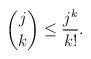
LaTeX: \begin{align*}\binom{j}{k}\leq \frac{j^k}{k!}.\end{align*}